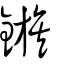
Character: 鏃